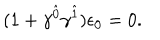
LaTeX: ( 1 + \gamma ^ { \hat { 0 } } \gamma ^ { \hat { 1 } } ) \epsilon _ { 0 } = 0 .